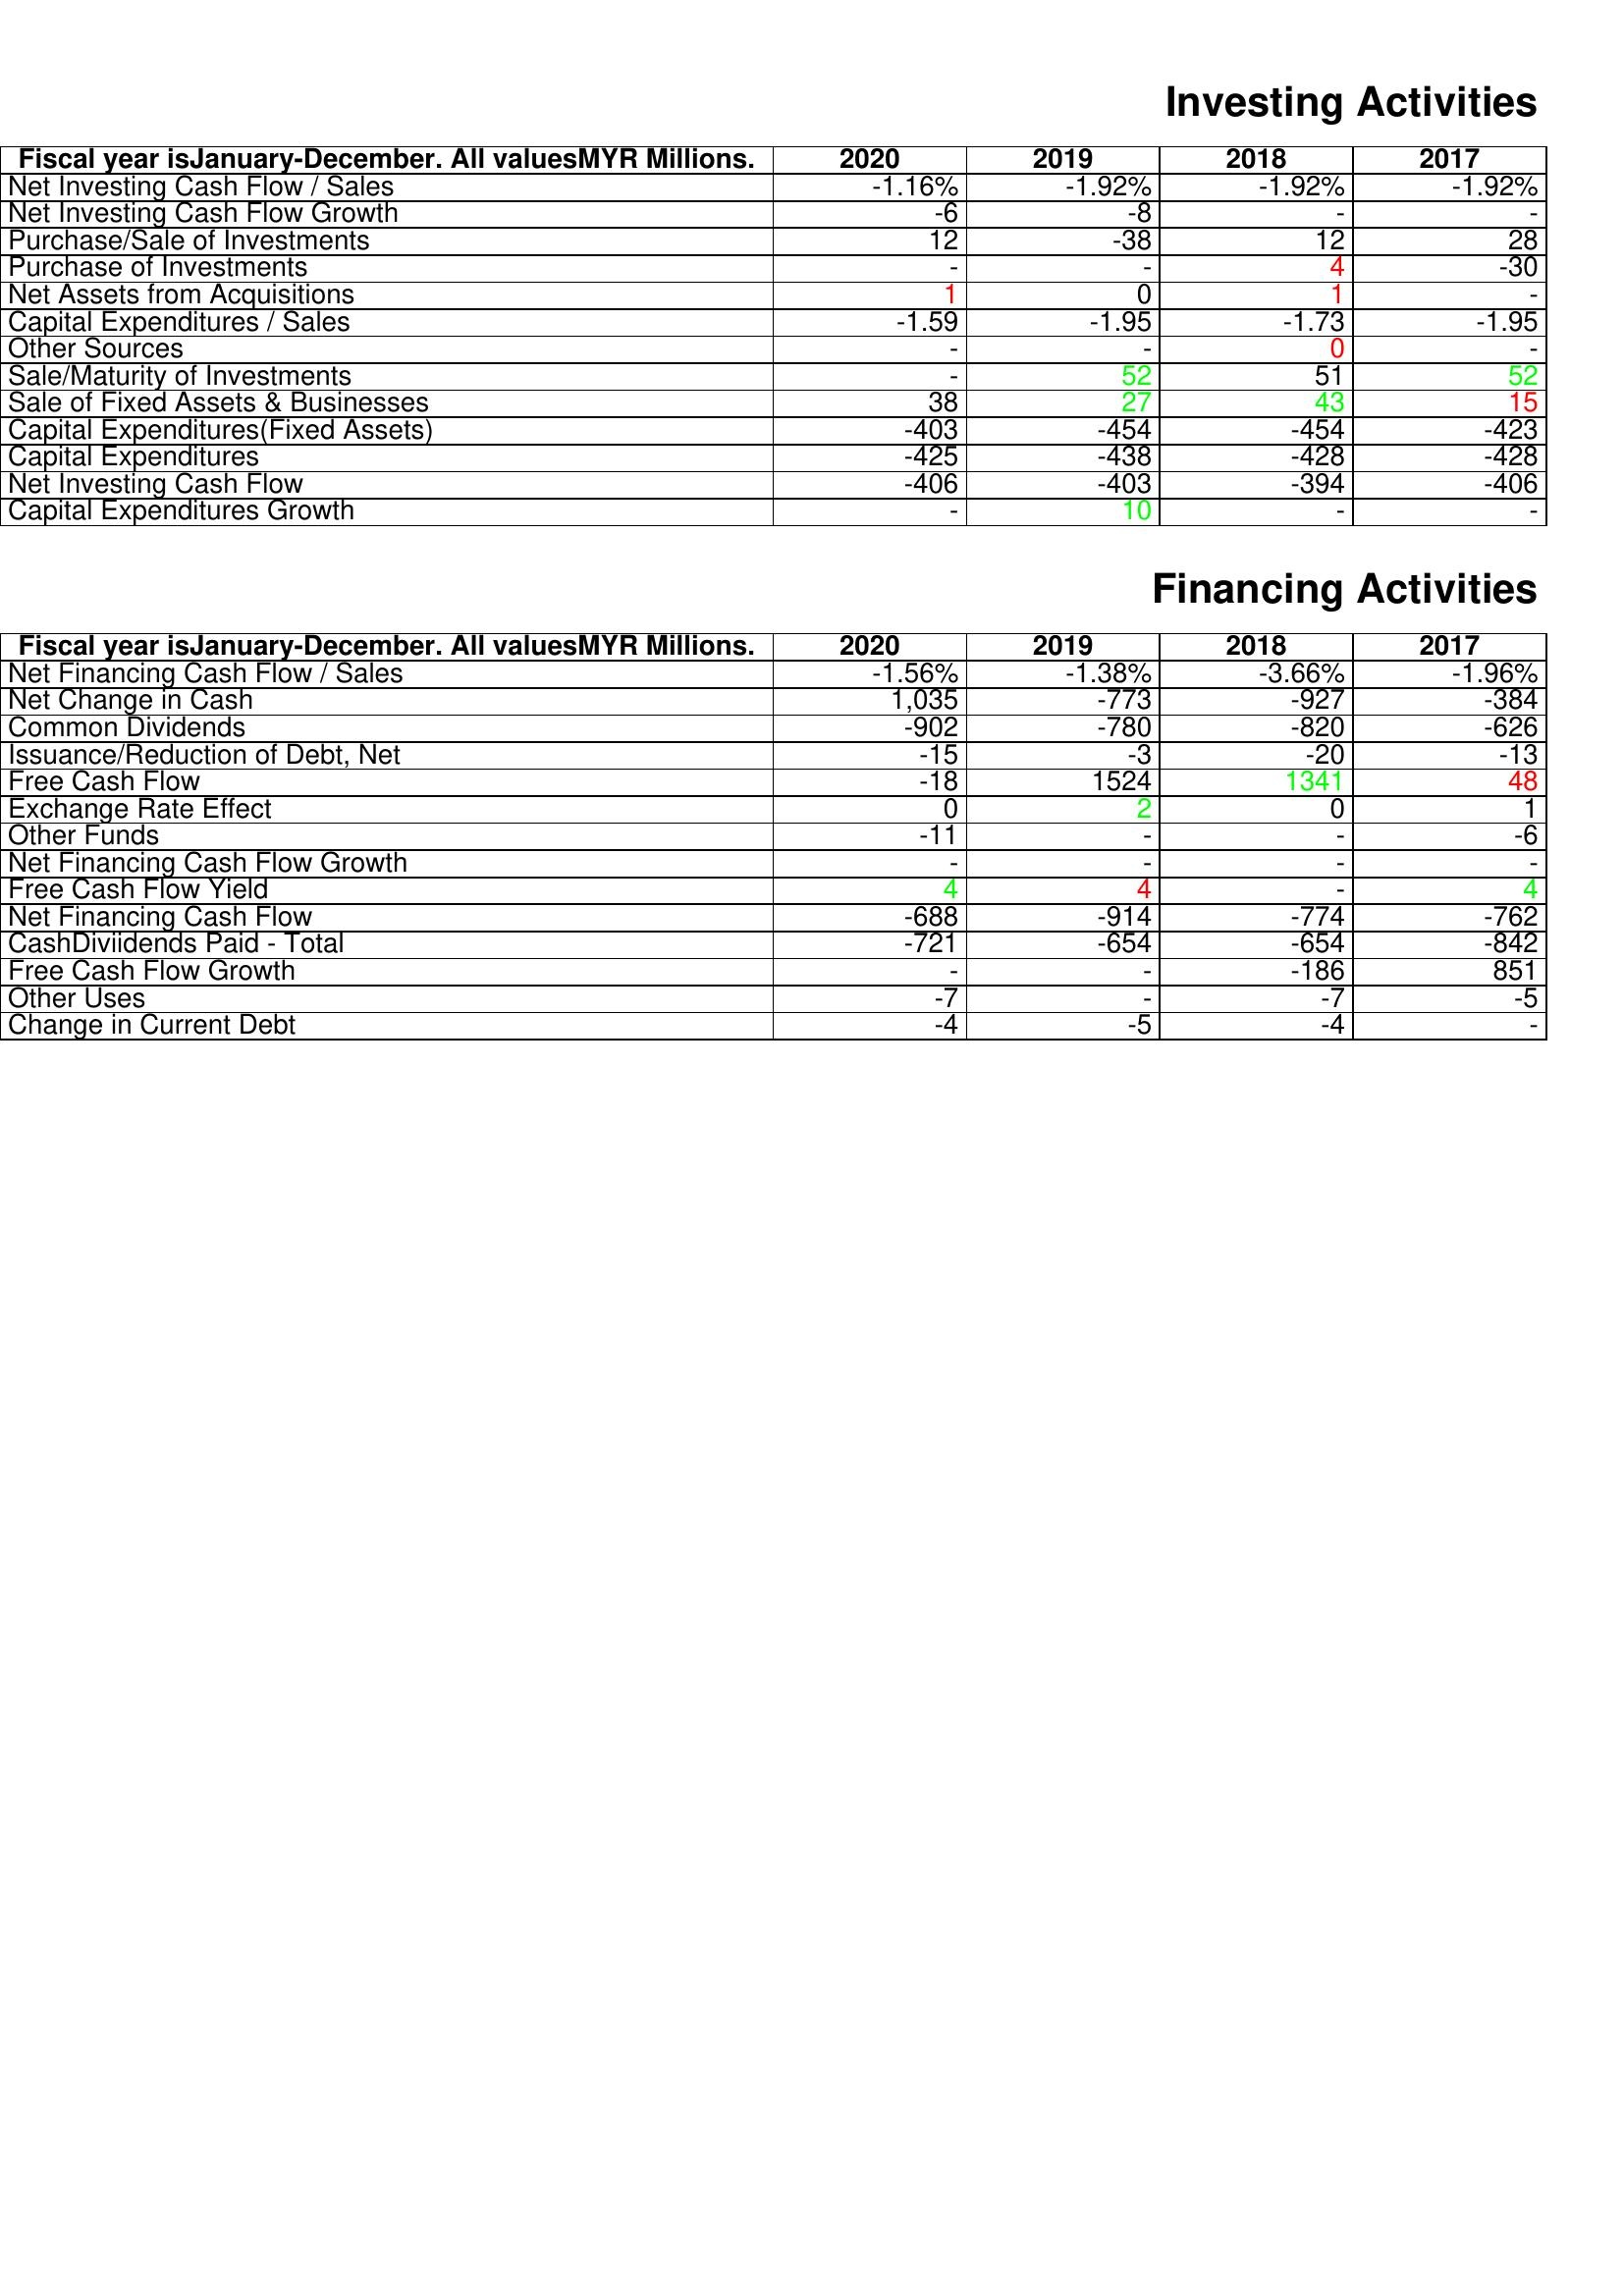
gt_parse: 2020: Investing Activities: Net Investing Cash Flow / Sales: -1.16%
Net Investing Cash Flow Growth: -6
Purchase/Sale of Investments: 12
Purchase of Investments: -
Net Assets from Acquisitions: 1
Capital Expenditures / Sales: -1.59
Other Sources: -
Sale/Maturity of Investments: -
Sale of Fixed Assets & Businesses: 38
Capital Expenditures(Fixed Assets): -403
Capital Expenditures: -425
Net Investing Cash Flow: -406
Capital Expenditures Growth: -
Financing Activities: Net Financing Cash Flow / Sales: -1.56%
Net Change in Cash: 1,035
Common Dividends: -902
Issuance/Reduction of Debt, Net: -15
Free Cash Flow: -18
Exchange Rate Effect: 0
Other Funds: -11
Net Financing Cash Flow Growth: -
Free Cash Flow Yield: 4
Net Financing Cash Flow: -688
CashDiviidends Paid - Total: -721
Free Cash Flow Growth: -
Other Uses: -7
Change in Current Debt: -4
2019: Investing Activities: Net Investing Cash Flow / Sales: -1.92%
Net Investing Cash Flow Growth: -8
Purchase/Sale of Investments: -38
Purchase of Investments: -
Net Assets from Acquisitions: 0
Capital Expenditures / Sales: -1.95
Other Sources: -
Sale/Maturity of Investments: 52
Sale of Fixed Assets & Businesses: 27
Capital Expenditures(Fixed Assets): -454
Capital Expenditures: -438
Net Investing Cash Flow: -403
Capital Expenditures Growth: 10
Financing Activities: Net Financing Cash Flow / Sales: -1.38%
Net Change in Cash: -773
Common Dividends: -780
Issuance/Reduction of Debt, Net: -3
Free Cash Flow: 1524
Exchange Rate Effect: 2
Other Funds: -
Net Financing Cash Flow Growth: -
Free Cash Flow Yield: 4
Net Financing Cash Flow: -914
CashDiviidends Paid - Total: -654
Free Cash Flow Growth: -
Other Uses: -
Change in Current Debt: -5
2018: Investing Activities: Net Investing Cash Flow / Sales: -1.92%
Net Investing Cash Flow Growth: -
Purchase/Sale of Investments: 12
Purchase of Investments: 4
Net Assets from Acquisitions: 1
Capital Expenditures / Sales: -1.73
Other Sources: 0
Sale/Maturity of Investments: 51
Sale of Fixed Assets & Businesses: 43
Capital Expenditures(Fixed Assets): -454
Capital Expenditures: -428
Net Investing Cash Flow: -394
Capital Expenditures Growth: -
Financing Activities: Net Financing Cash Flow / Sales: -3.66%
Net Change in Cash: -927
Common Dividends: -820
Issuance/Reduction of Debt, Net: -20
Free Cash Flow: 1341
Exchange Rate Effect: 0
Other Funds: -
Net Financing Cash Flow Growth: -
Free Cash Flow Yield: -
Net Financing Cash Flow: -774
CashDiviidends Paid - Total: -654
Free Cash Flow Growth: -186
Other Uses: -7
Change in Current Debt: -4
2017: Investing Activities: Net Investing Cash Flow / Sales: -1.92%
Net Investing Cash Flow Growth: -
Purchase/Sale of Investments: 28
Purchase of Investments: -30
Net Assets from Acquisitions: -
Capital Expenditures / Sales: -1.95
Other Sources: -
Sale/Maturity of Investments: 52
Sale of Fixed Assets & Businesses: 15
Capital Expenditures(Fixed Assets): -423
Capital Expenditures: -428
Net Investing Cash Flow: -406
Capital Expenditures Growth: -
Financing Activities: Net Financing Cash Flow / Sales: -1.96%
Net Change in Cash: -384
Common Dividends: -626
Issuance/Reduction of Debt, Net: -13
Free Cash Flow: 48
Exchange Rate Effect: 1
Other Funds: -6
Net Financing Cash Flow Growth: -
Free Cash Flow Yield: 4
Net Financing Cash Flow: -762
CashDiviidends Paid - Total: -842
Free Cash Flow Growth: 851
Other Uses: -5
Change in Current Debt: -